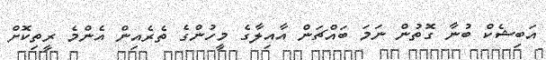
އަބިޝެކް ބުނާ ގޮތުން ނަމަ ބައްޗަން އާއިލާގެ މީހުންގެ ތެރެއިން އެންމެ ރީތިކޮށް